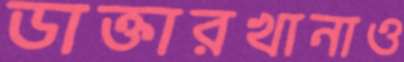
ডাক্তারখানাও